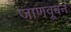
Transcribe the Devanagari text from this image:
जाणवूबन